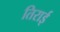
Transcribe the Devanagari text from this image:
तिराई